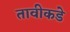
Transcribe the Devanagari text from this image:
तावीकडे